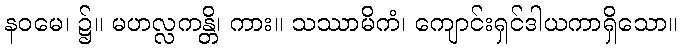
နဝမေ၊ ၌။ မဟလ္လကန္တိ၊ ကား။ သဿာမိကံ၊ ကျောင်းရှင်ဒါယကာရှိသော။